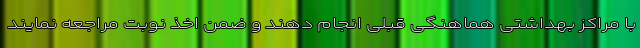
با مراکز بهداشتی هماهنگی قبلی انجام دهند و ضمن اخذ نوبت مراجعه نمایند